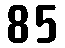
85